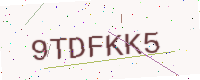
Text: 9TDFKK5